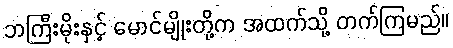
ဘကြီးမိုးနှင့် မောင်မျိုးတို့က အထက်သို့ တက်ကြမည်။